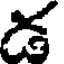
డ